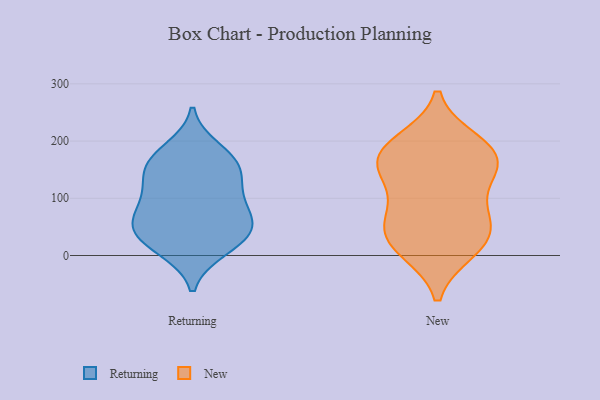
{"axis": {"x": "Conversion Rate (%)", "y": "Value"}, "legend": ["New", "Returning"], "data": [{"x": "", "y": 110, "type": "Returning"}, {"x": "", "y": 61, "type": "Returning"}, {"x": "", "y": 65, "type": "Returning"}, {"x": "", "y": 162, "type": "Returning"}, {"x": "", "y": 128, "type": "Returning"}, {"x": "", "y": 11, "type": "Returning"}, {"x": "", "y": 157, "type": "Returning"}, {"x": "", "y": 37, "type": "Returning"}, {"x": "", "y": 42, "type": "Returning"}, {"x": "", "y": 160, "type": "Returning"}, {"x": "", "y": 185, "type": "Returning"}, {"x": "", "y": 98, "type": "Returning"}, {"x": "", "y": 59, "type": "Returning"}, {"x": "", "y": 17, "type": "Returning"}, {"x": "", "y": 168, "type": "New"}, {"x": "", "y": 150, "type": "New"}, {"x": "", "y": 69, "type": "New"}, {"x": "", "y": 154, "type": "New"}, {"x": "", "y": 10, "type": "New"}, {"x": "", "y": 198, "type": "New"}, {"x": "", "y": 19, "type": "New"}, {"x": "", "y": 23, "type": "New"}, {"x": "", "y": 184, "type": "New"}, {"x": "", "y": 53, "type": "New"}, {"x": "", "y": 64, "type": "New"}, {"x": "", "y": 121, "type": "New"}, {"x": "", "y": 183, "type": "New"}]}